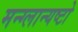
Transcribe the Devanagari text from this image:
मन्ग्लान्यष्टो